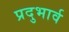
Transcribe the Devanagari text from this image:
प्रदुभार्व